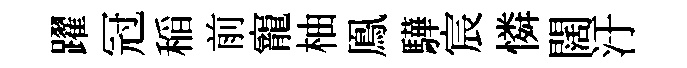
躍冠稲前寵柚鳯驊宸憐闊汙